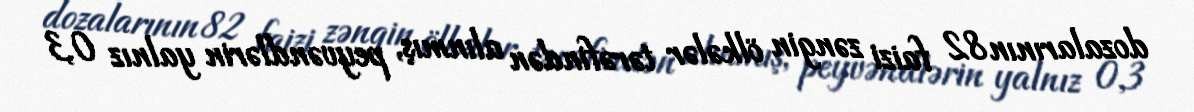
dozalarının 82 faizi zəngin ölkələr tərəfindən alınmış, peyvəndlərin yalnız 0,3